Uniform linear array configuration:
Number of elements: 32
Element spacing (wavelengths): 0.25
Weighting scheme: binomial
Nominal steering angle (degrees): -15
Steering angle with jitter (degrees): -13.432
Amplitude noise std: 0.05
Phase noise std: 0.05

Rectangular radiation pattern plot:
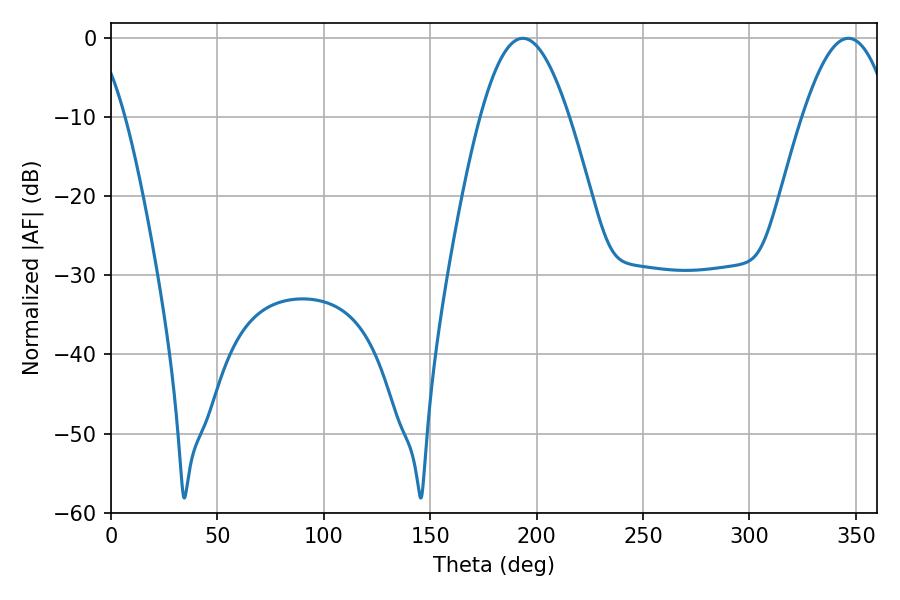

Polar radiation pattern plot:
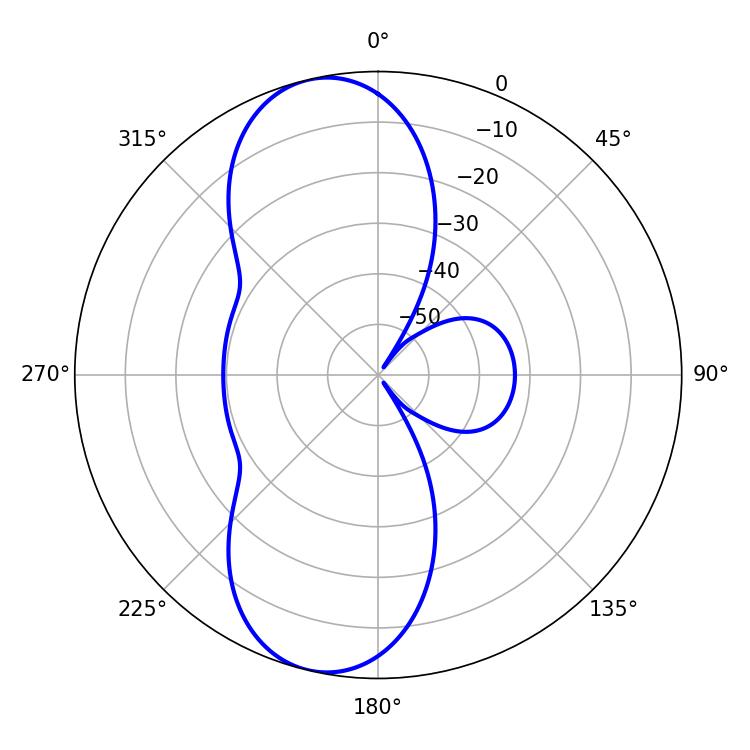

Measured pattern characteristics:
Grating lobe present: FALSE
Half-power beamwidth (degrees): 22.5
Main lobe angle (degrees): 193.5